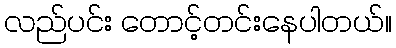
လည်ပင်း တောင့်တင်းနေပါတယ်။